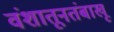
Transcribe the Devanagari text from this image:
वंशातूनतंबाखू